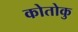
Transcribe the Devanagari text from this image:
कोतोकु